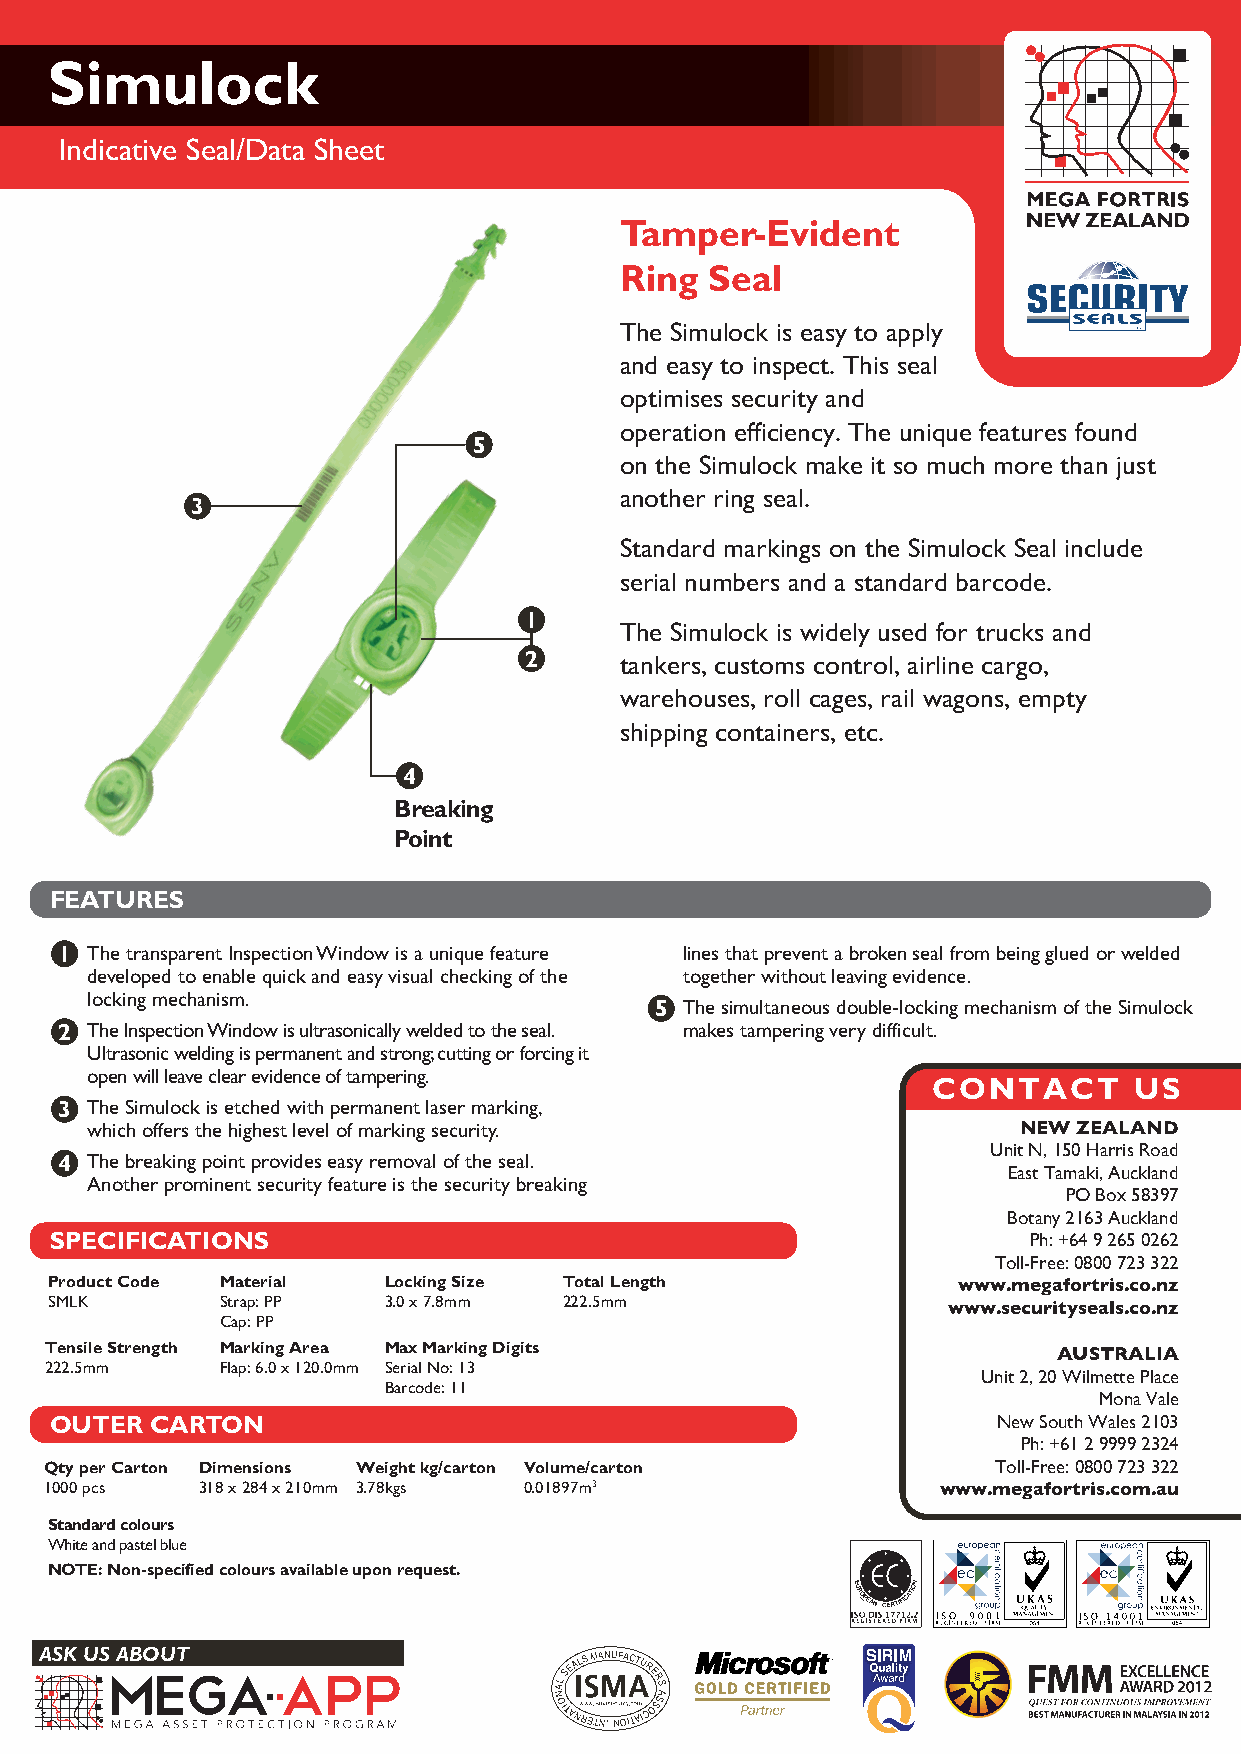
Simulock
 Indicative Seal/Data Sheet
 Tamper-Evident
 Ring  Seal
 The Simulock is easy to apply
 and easy to inspect. This seal
 optimises security and
 operation efficiency. The unique features found
 5
 on the Simulock make it so much more than just
 another ring seal.
 3
 Standard markings on the Simulock Seal include
 serial numbers and a standard barcode.
 1
 The Simulock is widely used for trucks and
 2     tankers, customs control, airline cargo,
 warehouses, roll cages, rail wagons, empty
 shipping containers, etc.
 4
 Breaking
 Point
 FEATURES
 1 The transparent Inspection Window is a unique feature lines that prevent a broken seal from being glued or welded
 developed to enable quick and easy visual checking of the together without leaving evidence.
 locking mechanism.
 5 The simultaneous double-locking mechanism of the Simulock
 2 The Inspection Window is ultrasonically welded to the seal. makes tampering very difficult.
 Ultrasonic welding is permanent and strong; cutting or forcing it
 open will leave clear evidence of tampering.
 CONTACT      US
 3 The Simulock is etched with permanent laser marking,
 which offers the highest level of marking security.          NEW ZEALAND
 Unit N, 150 Harris Road
 4 The breaking point provides easy removal of the seal.
 East Tamaki, Auckland
 Another prominent security feature is the security breaking
 PO Box 58397
 Botany 2163 Auckland
 SPECIFICATIONS                                                   Ph: +64 9 265 0262
 Toll-Free: 0800 723 322
 Product Code Material Locking Size Total Length             www.megafortris.co.nz
 SMLK        Strap: PP 3.0 x 7.8mm 222.5mm
 www.securityseals.co.nz
 Cap: PP
 Tensile Strength Marking Area Max Marking Digits
 AUSTRALIA
 222.5mm     Flap: 6.0 x 120.0mm Serial No: 13
 Unit 2, 20 Wilmette Place
 Barcode: 11
 Mona Vale
 OUTER  CARTON                                                  New South Wales 2103
 Ph: +61 2 9999 2324
 Qty per Carton Dimensions Weight kg/carton Volume/carton       Toll-Free: 0800 723 322
 1000 pcs  318 x 284 x 210mm 3.78kgs 0.01897m3              www.megafortris.com.au
 Standard colours
 White and pastel blue
 NOTE: Non-specified colours available upon request.
 ASK US ABOUT